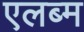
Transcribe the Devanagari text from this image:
एलब्म